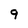
Character: 9